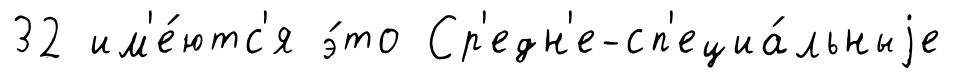
32 им'е́ютс'я э́то Ср'едн'е-сп'ециа́льныjе